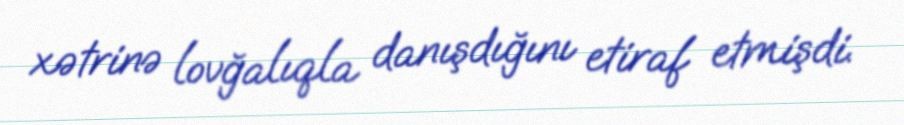
xətrinə lovğalıqla danışdığını etiraf etmişdi.